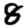
Digit: 8